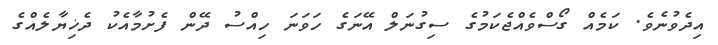
އިދެވުނެވެ. ކަމެއް ގޯސްވެއްޖެކަމުގެ ސިގުނަލް އޭނަގެ ހަވަނަ ހިއްސު ދޭން ފެށުމާއެކު ދެޚިޔާލެއްގެ